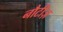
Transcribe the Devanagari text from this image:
नौटीज़